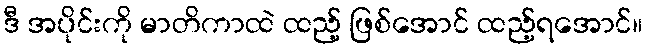
ဒီ အပိုင်းကို မာတိကာထဲ ထည့် ဖြစ်အောင် ထည့်ရအောင်။